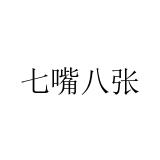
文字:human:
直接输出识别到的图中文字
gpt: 七嘴八张